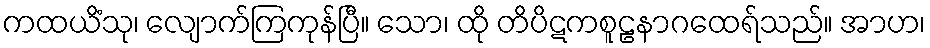
ကထယိံသု၊ လျောက်ကြကုန်ပြီ။ သော၊ ထို တိပိဋကစူဠနာဂထေရ်သည်။ အာဟ၊